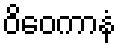
ဝိဝေကာနံ